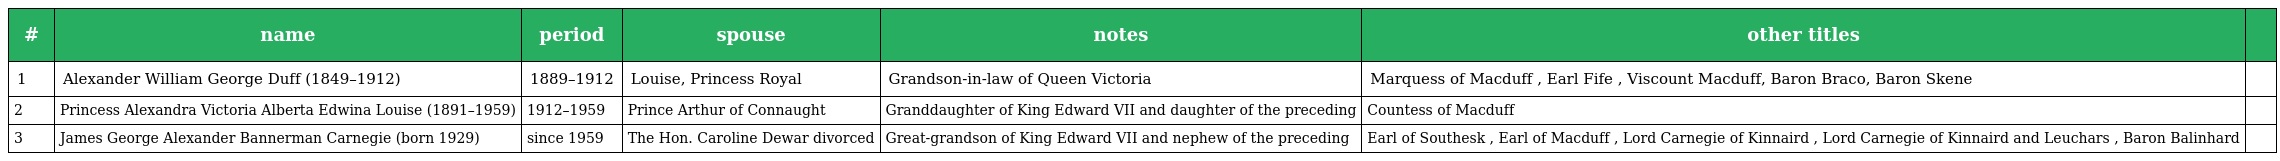
| # | name | period | spouse | notes | other titles |  |
 | --- | --- | --- | --- | --- | --- | --- |
 | 1 | Alexander William George Duff (1849–1912) | 1889–1912 | Louise, Princess Royal | Grandson-in-law of Queen Victoria | Marquess of Macduff , Earl Fife , Viscount Macduff, Baron Braco, Baron Skene |  |
 | 2 | Princess Alexandra Victoria Alberta Edwina Louise (1891–1959) | 1912–1959 | Prince Arthur of Connaught | Granddaughter of King Edward VII and daughter of the preceding | Countess of Macduff |  |
 | 3 | James George Alexander Bannerman Carnegie (born 1929) | since 1959 | The Hon. Caroline Dewar divorced | Great-grandson of King Edward VII and nephew of the preceding | Earl of Southesk , Earl of Macduff , Lord Carnegie of Kinnaird , Lord Carnegie of Kinnaird and Leuchars , Baron Balinhard |  |